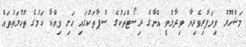
މަޝްހޫރު ވިޔަފާރިވެރިޔާ ވިދާޅުވީ އޭނާގެ ރިސޯޓްތަކުގެ ސުޕާތަކުގައި ހަށި ވިއްކާ ކަމުގެ ތުހުމަތުތައް